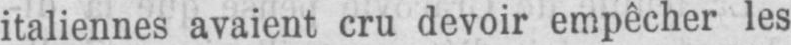
italiennes avaient cru devoir empêcher les